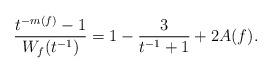
LaTeX: \begin{align*}\frac{t^{-m(f)}-1}{W_f(t^{-1})} = 1 - \frac{3}{t^{-1}+1} + 2A(f).\end{align*}